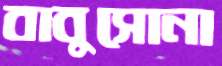
বাবুসোনা